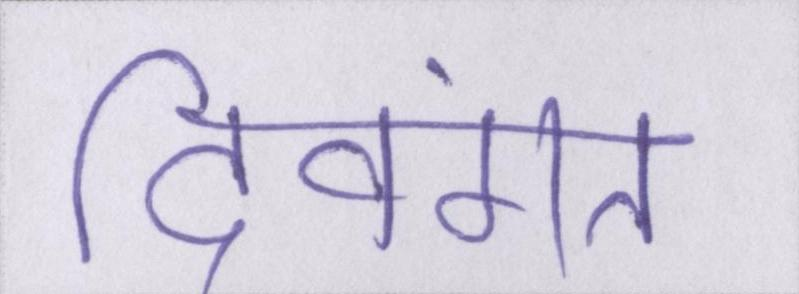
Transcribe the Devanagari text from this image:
दिवंगत